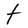
Character: t